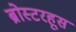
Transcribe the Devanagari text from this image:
ब्रोस्टरहूस